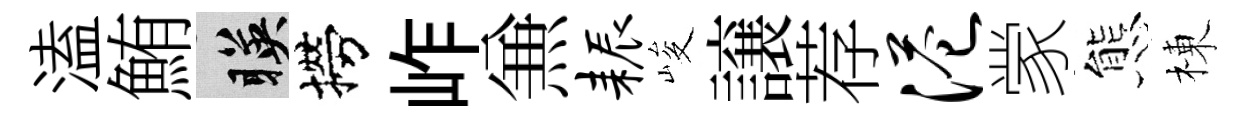
溘鮪暎撈岞𠔥耨峻譲荐港䝉態棟